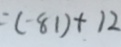
= ( - 8 1 ) + 1 2